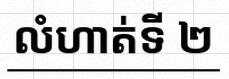
លំហាត់ទី ២